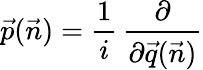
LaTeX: \vec{p}(\vec{n})={\frac{1}{i}}\, {\frac{\partial}{\partial\vec{q}(\vec{n})}}